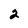
Character: 2